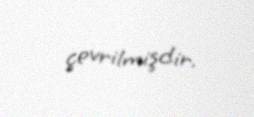
çevrilmişdir.